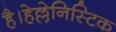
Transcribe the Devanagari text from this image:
है।हेल्लेनिस्टिक